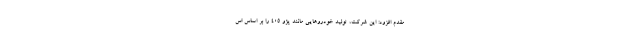
مقدم افزود: این شرکت، تولید خودروهایی مانند پژو ۴۰۵ را بر اساس اس